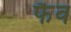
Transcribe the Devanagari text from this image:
फैव